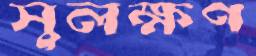
সুলক্ষণ